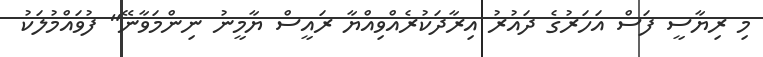
މި ރިޔާސީ ފަސް އަހަރުގެ ދައުރު އިރާދަކުރެއްވިއްޔާ ރައީސް ޔާމީނު ނިންމަވާނޭ" ފުވައްމުލަކު